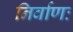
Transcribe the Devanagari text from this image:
निर्वाणः